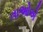
તાઓએ